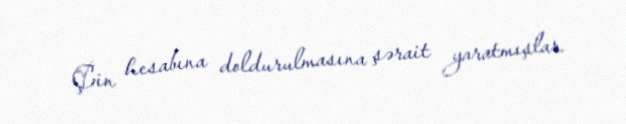
Çin hesabına doldurulmasına şərait yaratmışlar.